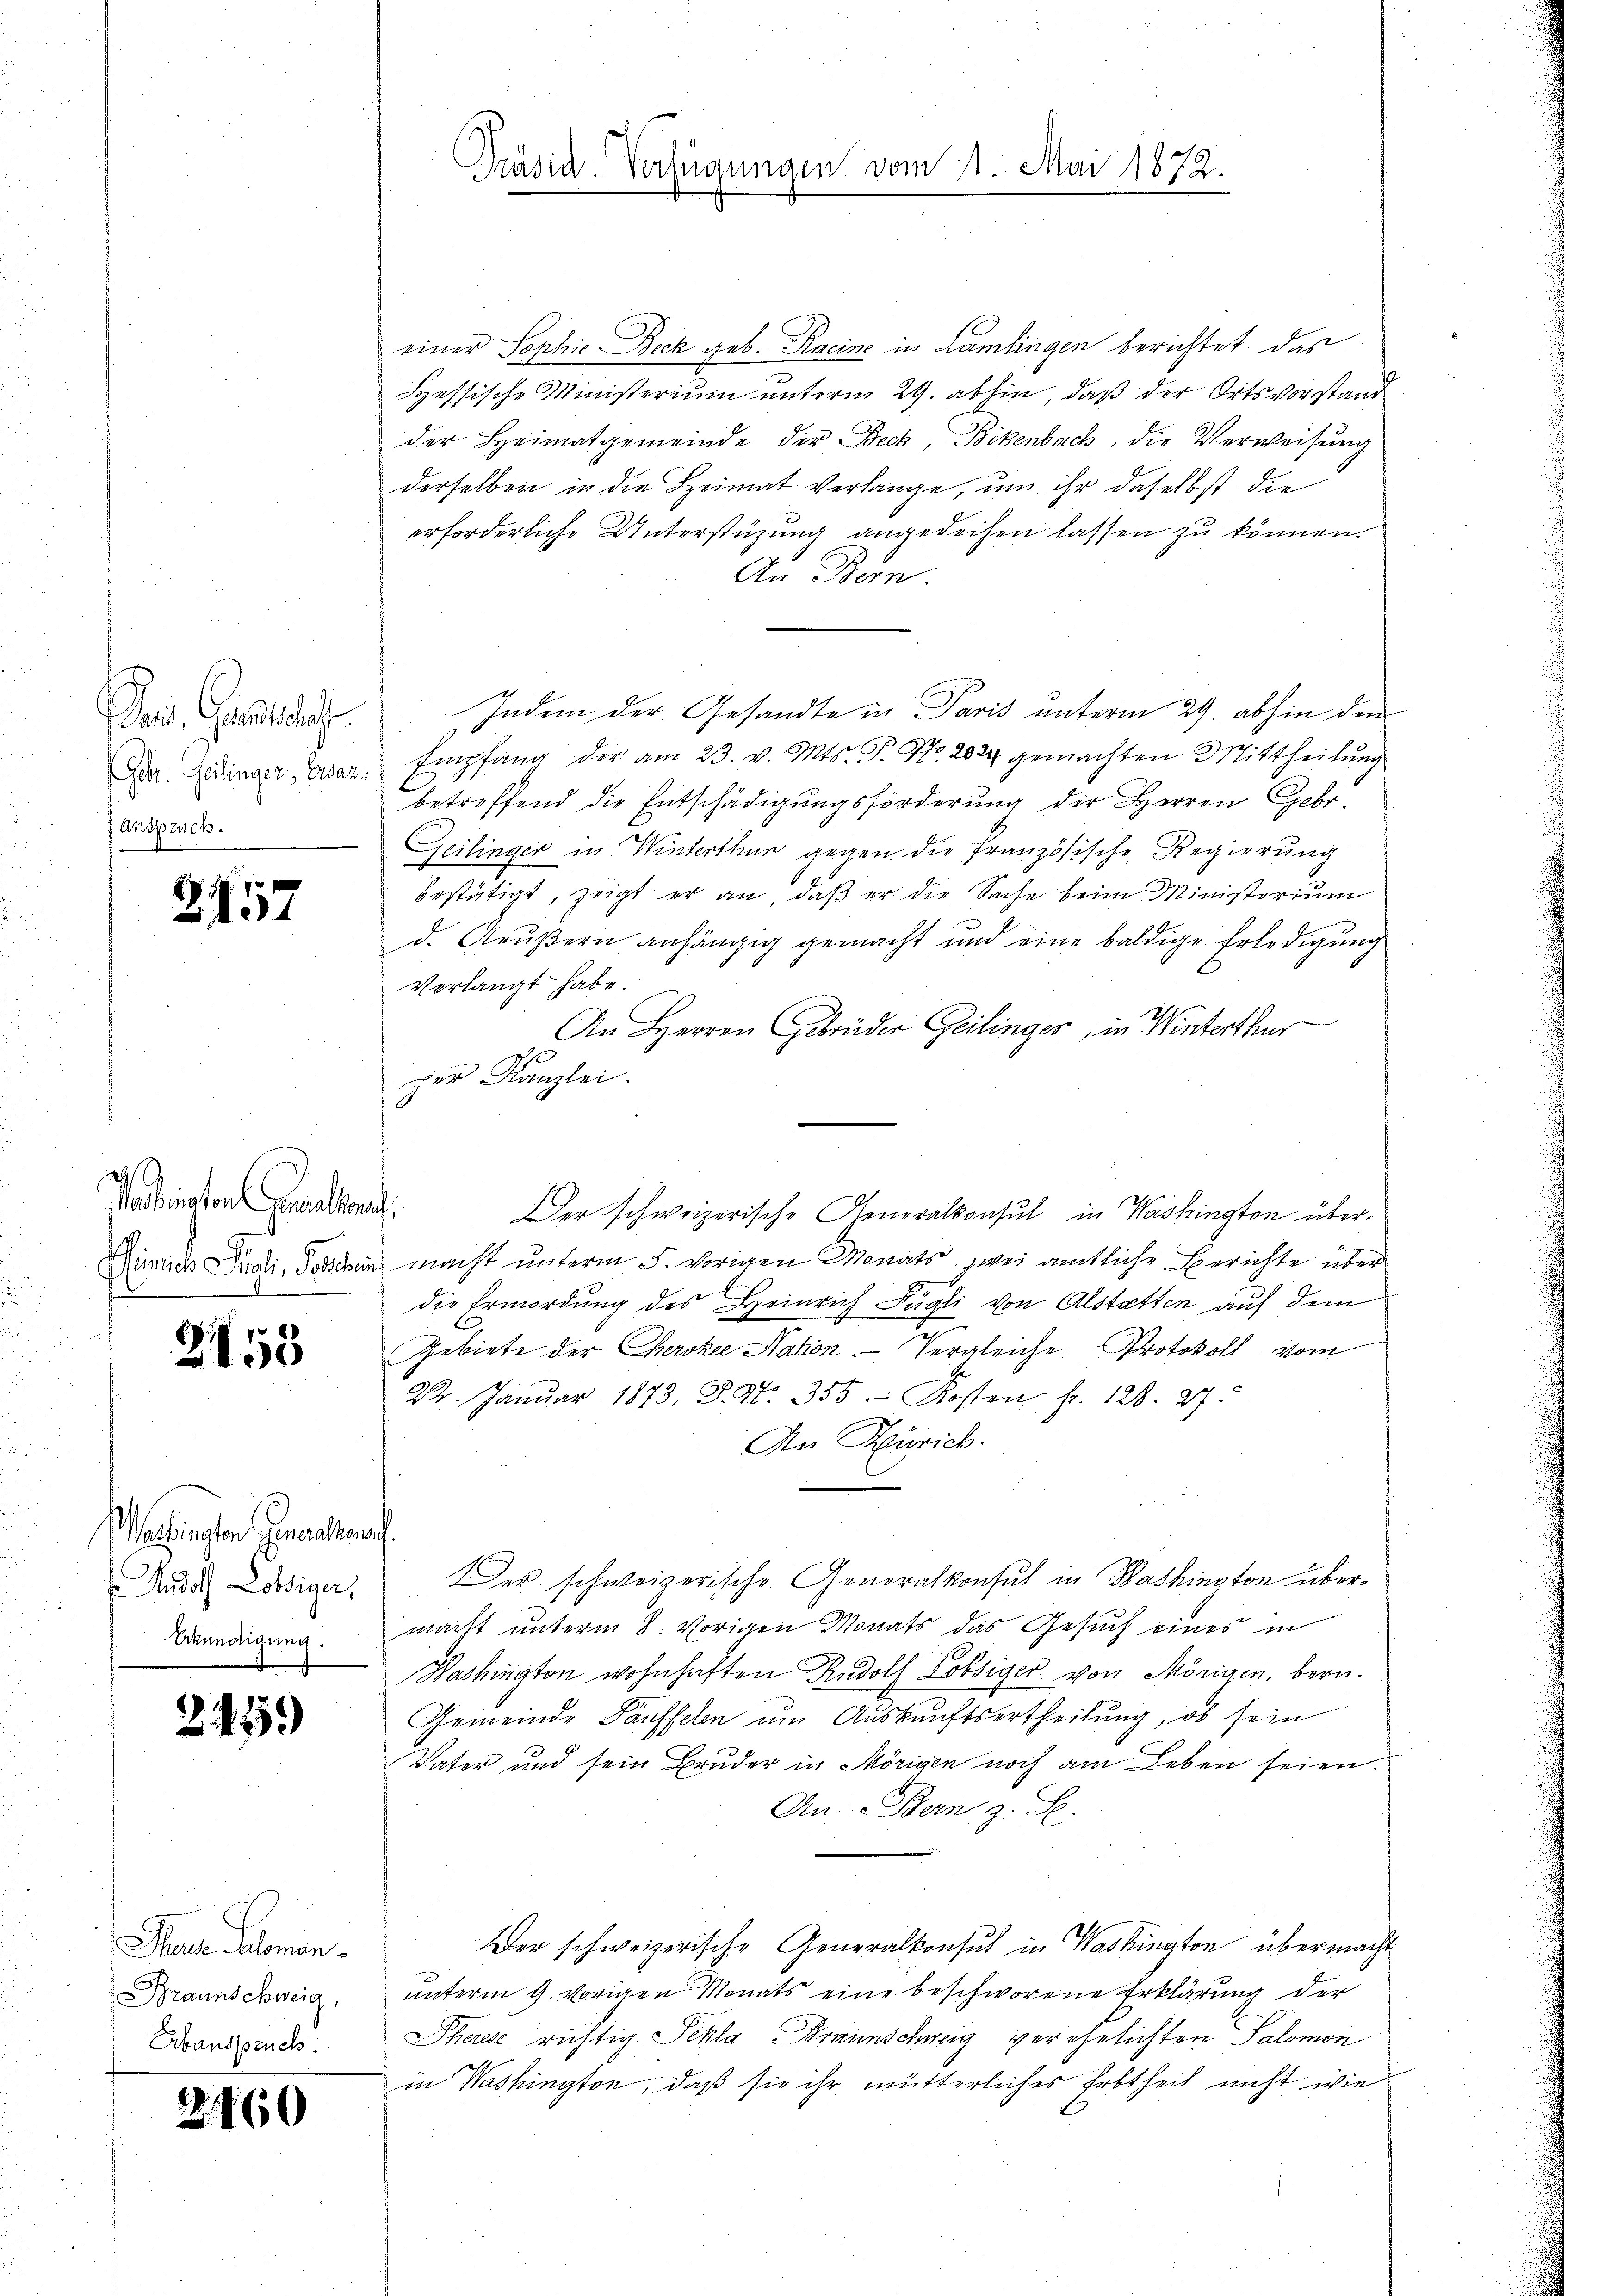
ac. Gesandtsche
Gebr. Heilinger, Erdar
Anspruch.

2157

adringten Geselben,

2153

Mattingen Genanten.
Andolf Lottiger,
Erkundigung.

2459)

Therer Momen.
Braunschweig,
Arbanspruch.

2460

Präsid. Verfügungen vom 1. Mai 1872.

einer Sophie Beck geb. Kacine in Lamlingen berichtet das
Hessische Ministerium unterm 29. abhin, daß der Ortsvorstand
der Heimatgemeinde der Bech, Bikenbach, die Verweisung
derselben in die Heimat verlange, um ihr daselbst die
erforderliche Unterstüzung angedeihen lassen zu können.
An Bern.
Indem der Gesandte in Paris unterm 29. abhin dem
 Empfang der am 23. v. Mts. T. No. 2024 gemachten Mittheilŭng
betreffend die Entschädigungsförderung der Herren Gebr.
Geilinger in Winterthur gegen die französische Regierung
bestätigt, zeigt er an, daß er die Sache beim Ministerium
d. Aeußern anhängig gemacht und eine baldige Erledigung
verlangt habe.
An Herren Gebrüder Geilinges, in Winterthur
ger Kanzlei.
Der schweizerische Generalkonsul in Washington über¬
Minisch Pudti, Tessin macht unterm 5. vorigen Monats zwei amtliche Berichte über
die Ermordung des Heinrich Fügli von Alstatten auf dem
Gebiete der Cherokee Nation. Vergleiche Protokoll vom
24. Janŭar 1873, S. Nr. 355. Kosten fr. 128. 27.
An Zürich.
Der schweizerische Generalkonsul in Washington übermacht unterm 8. vorigen Monats das Gesuch eines in
Washington wohnhaften Rudolf Lobsiger von Mörigen, bern.
Gemeinde Täuffelen um Auskunftsertheilung, ob sein
Vater und sein Bruder in Mörigen noch am Leben seien.
An Bern z. S.
Der schweizerische Generalkonsul in Washington übermacht
unterm 9. vorigen Monats eine beschworene Erklärung der
Therese richtig Pekla-Braunschweig verehelichten Salomon
in Washington, daß sie ihr mutterliches Erbtheit nicht wie